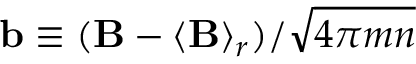
\mathbf { b } \equiv ( \mathbf { B } - \langle \mathbf { B } \rangle _ { r } ) / \sqrt { 4 \pi m n }